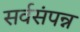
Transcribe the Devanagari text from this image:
सर्वसंपन्न